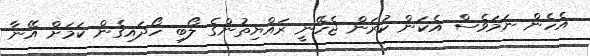
އެހެން ނަމަވެސް އެކަން ކުރަން ޖެހޭނީ ރައްޔިތުންގެ ލޯބި ހޯދައިގެން ކަމަށް އޭނާ